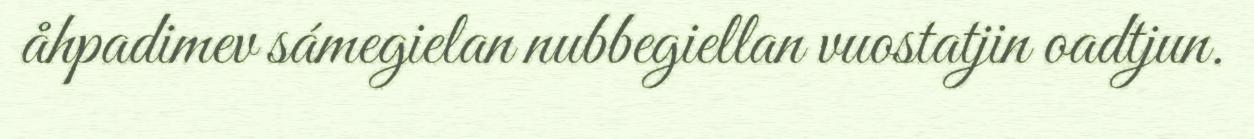
åhpadimev sámegielan nubbegiellan vuostatjin oadtjun.